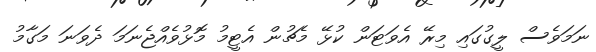
ނަމަވެސް ލީގުގައި މިރޭ އެވަޓަން ކުޅޭ މެޗުން އެޓީމު މޮޅުވެއްޖެނަމަ ދެވަނަ މަގާމު